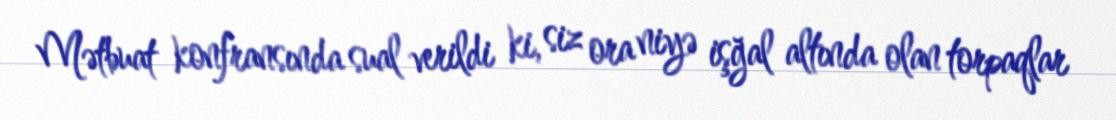
Mətbuat konfransında sual verildi ki, siz ora niyə işğal altında olan torpaqlar